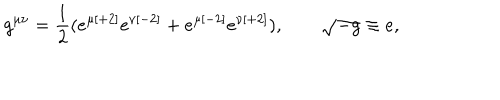
g ^ { \mu \nu } = { \frac { 1 } { 2 } } ( e ^ { \mu { [ + 2 ] } } e ^ { \nu { [ - 2 ] } } + e ^ { \mu { [ - 2 ] } } e ^ { \nu { [ + 2 ] } } ) , \qquad \sqrt { - g } \equiv e ,